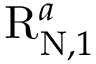
\mathrm { R } _ { \mathrm { N } , 1 } ^ { a }